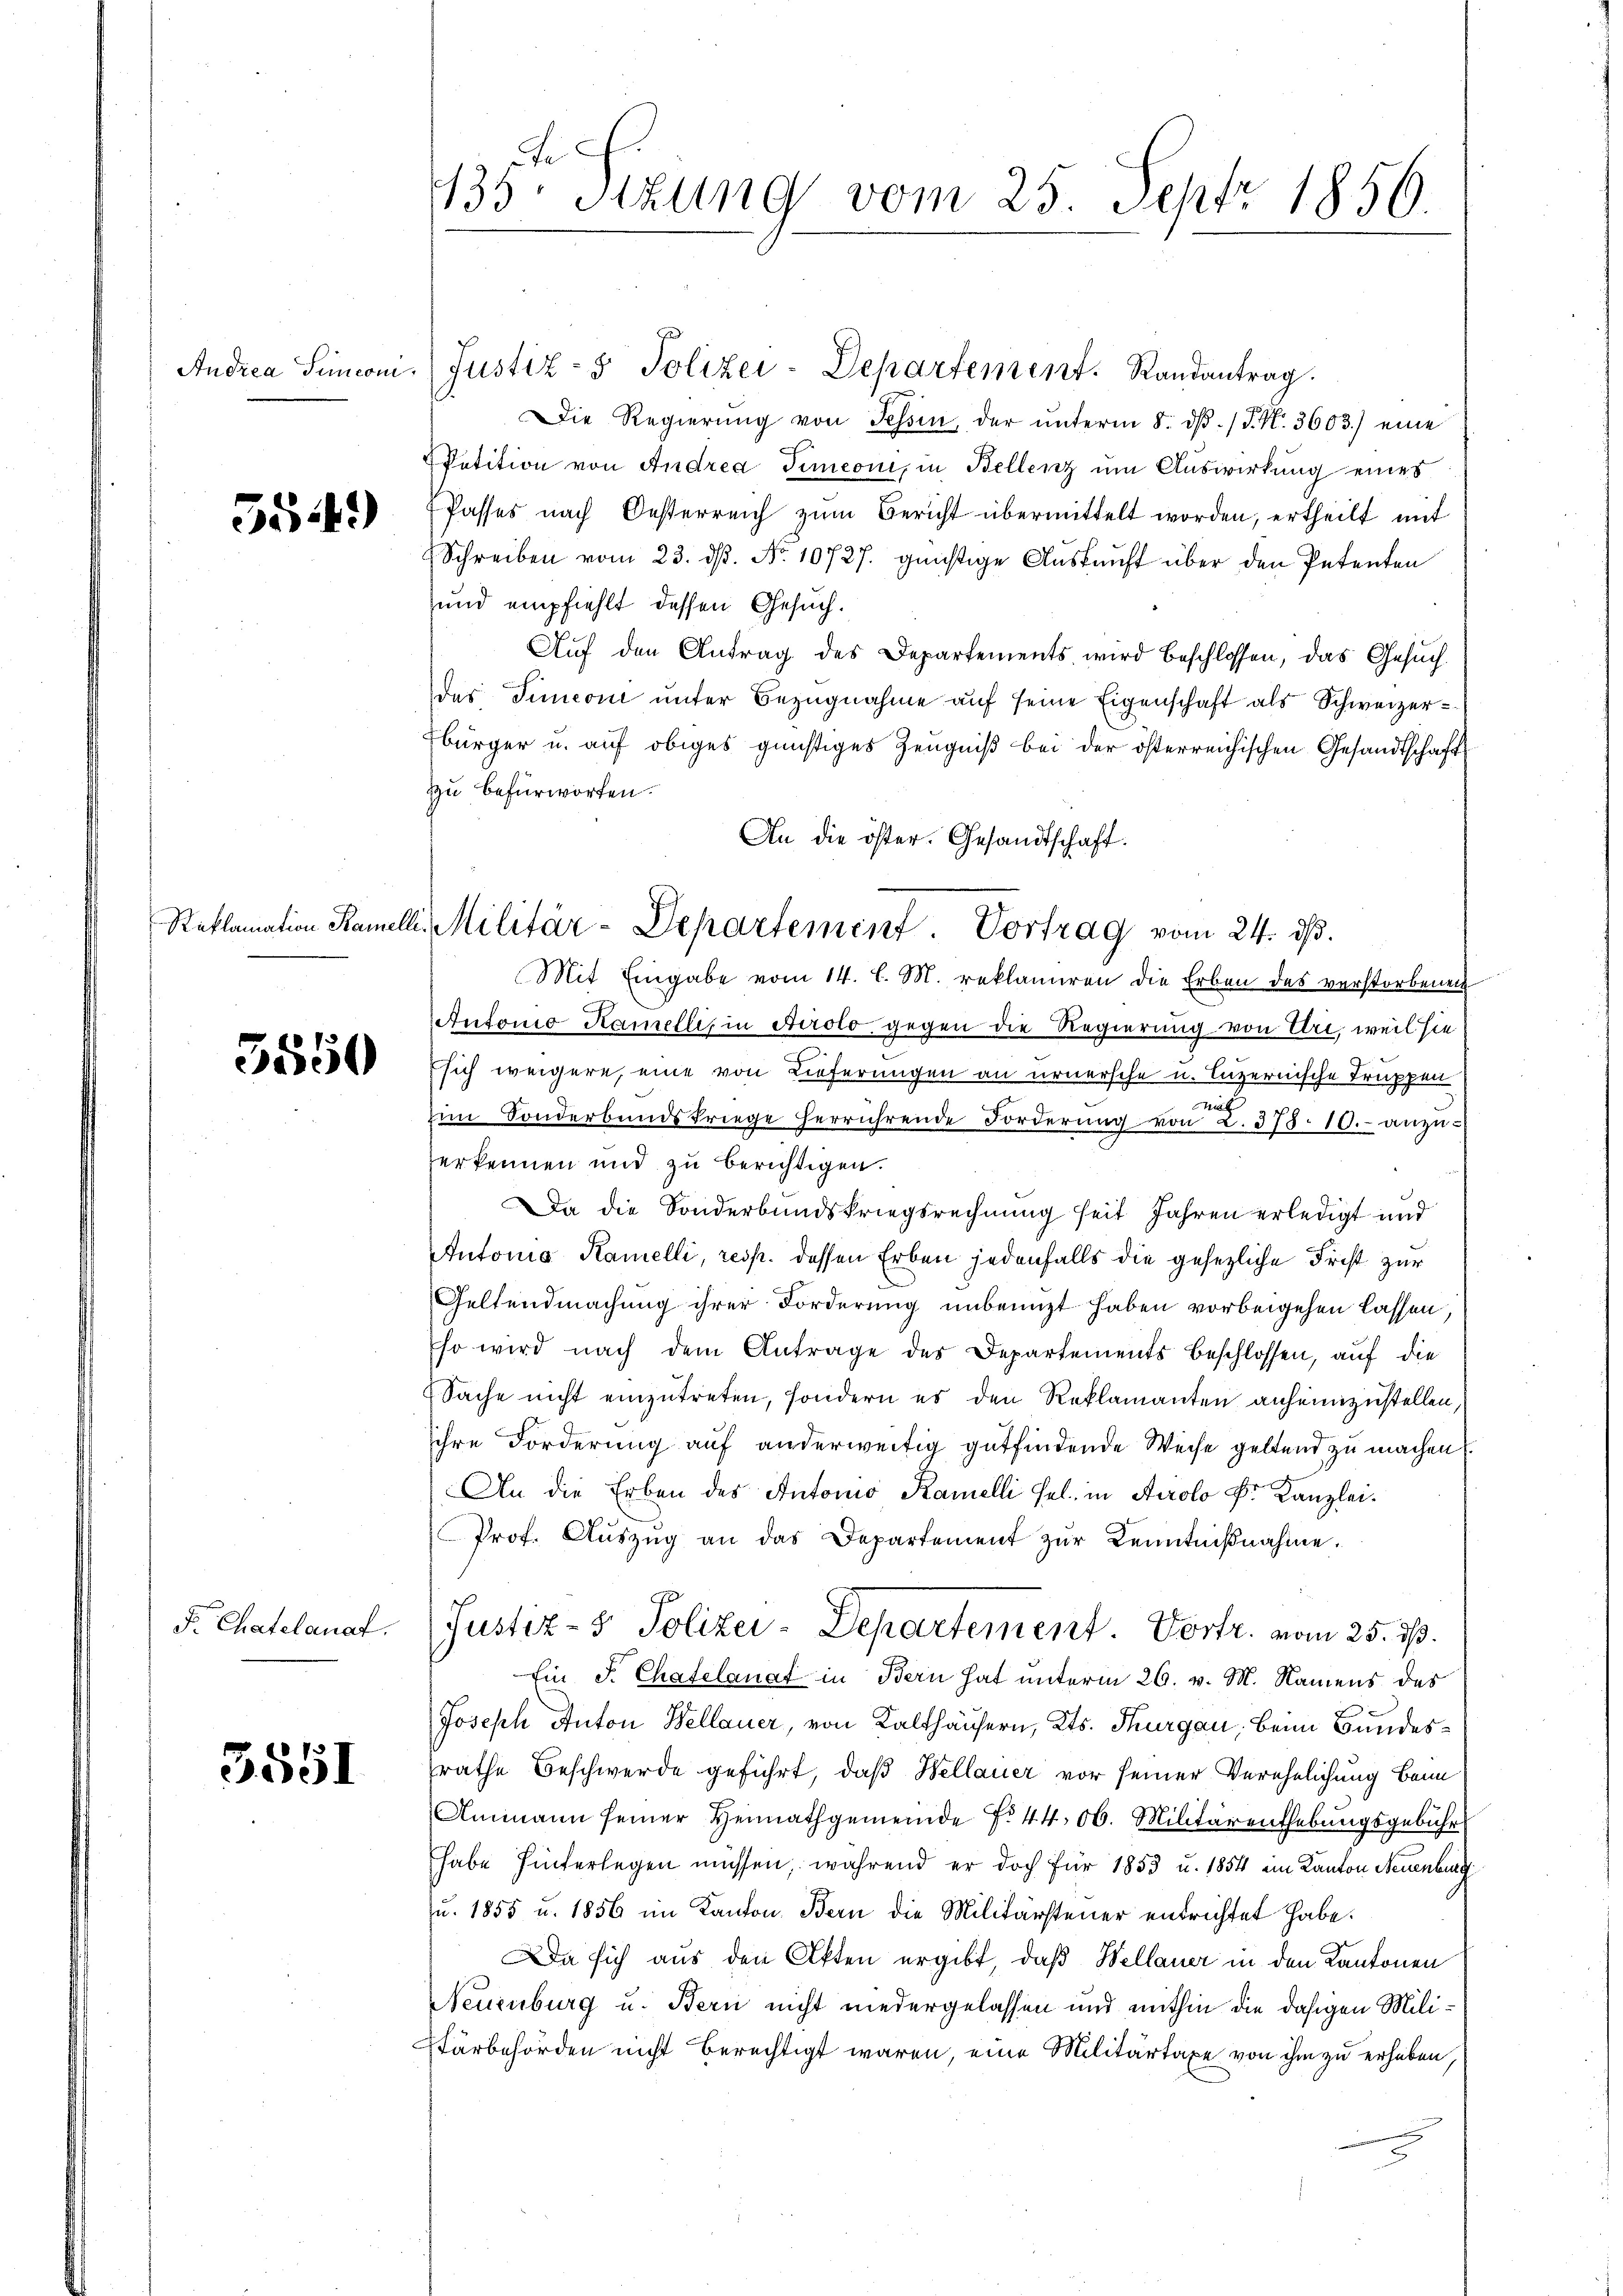
Andrea Turconi

554.)

Reklamation Kamel

5550

Fr Chatelanaf.

3551

ste
133. Sitzung vom 25. Sept. 1856.

Justiz- & Polizei-Departement. Randantrag.
Die Regierŭng von Tessin, der ŭnterm 8. dβ. / P. N. 3603.) eine
Petition von Andrea Timeoni, in Bellenz um Auswirkung eines
Passes nach Oesterreich zum Bericht übermittelt worden, ertheilt mit
Schreiben vom 23. ds. No. 10727. günstige Auskauft über den Petenten
und empfiehlt dessen Gesuch¬
Auf den Antrag des Departements wird beschlossen, das Gesuchder Simeoni unter Bezugnahme auf seine Eigenschaft als Schweizer¬
Ebürger u. auf obiges günstiges Zeugniß bei der österreichischen Gesandtschaft
zu befürworfen.
Mit Eingabe vom 14. l. M. reklamiren die Erben des verstorbenen
Antonio Kamelli, in Airolo, gegen die Regierung von Uri, weil sie
sich weigere, eine von Lieferungen an urnersche u. Luzernische Truppen
im Sonderbandskriege herrührende Forderŭng von 2. 378. 10. anzŭ-
erkennen und zu berichtigen.
Da die Sonderbundskriegsrechnung seit Jahren erledigt und
Antonia Ramelli, resp. dessen Erben jedenfalls die gesezliche Frist zur
Geltendmachung ihrer Forderung unbenuzt haben vorbeigehen lassen,
so wird nach dem Antrage des Departements beschlossen, auf die
Sache nicht einzutreten, sondern es den Reklamanten anheimzustellen,
ihre Forderung auf anderweitig gutfindende Weise geltend zu machen
An die Erben des Antonio Kamelli sel. in Airolo Dr. Kanzlei.
Prof. Aŭszŭg an das Departement zŭr Kenntnißnahme.
Justiz- & Polizei-Departement Vortr. vom 25. ds.
Ein S. Chatelanat in Bern hat unterm 26. v. M. Namens des
Joseph Anton Wellauer, von Kalthäusern, Kts. Thurgau, beim Bundesrathe Beschwerde geführt, daß Wellauer vor seiner Verehelichung beim
Ammann seiner Heimathgemeinde No 44. 06. Militärenthebungsgebühr
habe hinterlegen müssen, während er doch für 1853 u. 1854 im Kanton Neuenburg
u. 1855 u. 1856 im Kanton. Bern die Militärsteuer entrichtet habe.
Da sich aus den Akten ergibt, daß Wellauer in den Kantonen
Neuenburg u. Bern nicht niedergelassen und mithin die dasigen Militärbehörden nicht berechtigt waren, eine Militärtaxe von ihm zu erheben,

An die öster. Gesandtschaft.
a. Militär-Departement. Vortrag vom 24. ds.